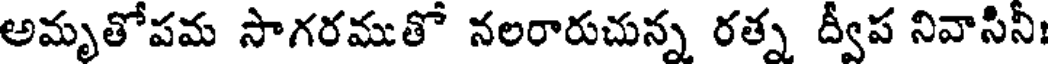
అమృతోపమ సాగరముతో నలరారుచున్న రత్న ద్వీప నివాసినీ